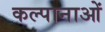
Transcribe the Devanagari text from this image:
कल्पानाओं